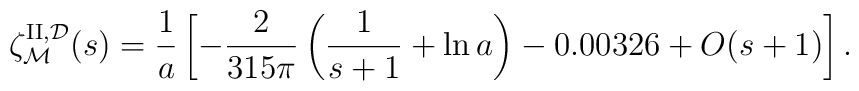
\zeta_{\cal M}^{{\rm II}, {\cal D}}(s)={1 \over a}\left[-{2 \over 315\pi} \left( {1 \over s+1} +\ln a \right)-0.00326+O(s+1)\right] .